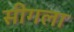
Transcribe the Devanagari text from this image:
सीगला